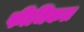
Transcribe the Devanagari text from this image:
फीजिकल